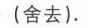
(舍去).